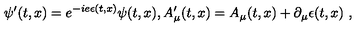
\psi ^ { \prime } ( t , x ) = e ^ { - i e \epsilon ( t , x ) } \psi ( t , x ) , A _ { \mu } ^ { \prime } ( t , x ) = A _ { \mu } ( t , x ) + \partial _ { \mu } \epsilon ( t , x ) \ ,